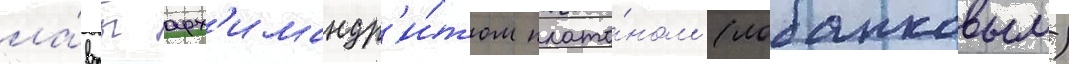
ла́вры арх'имандр'и́том плато́ном (лобанковым)